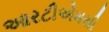
આરટીએમસી